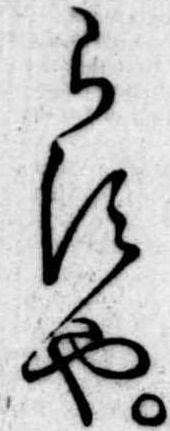
らすや